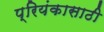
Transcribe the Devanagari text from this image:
प्रियंकासाठी